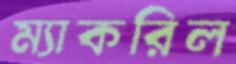
ম্যাকরিল